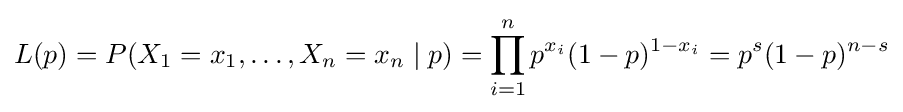
L(p)=P(X_{1}=x_{1},\ldots ,X_{n}=x_{n}\mid p)=\prod _{i=1}^{n}p^{x_{i}}(1-p)^{1-x_{i}}=p^{s}(1-p)^{n-s}